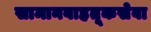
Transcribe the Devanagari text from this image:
सामानवाहतूकसेवा